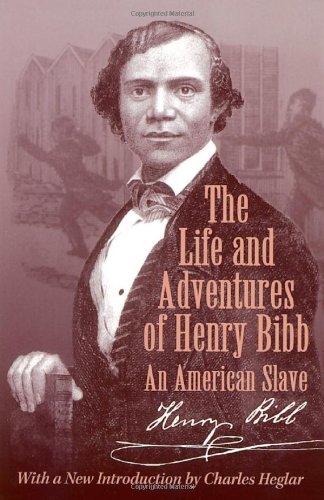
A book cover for The Life and Adventures of Henry Bibb:  An American Slave (Wisconsin Studies in Autobiography); Henry Bibb; Biographies & Memoirs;